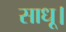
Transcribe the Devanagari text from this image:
साधू।